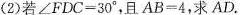
(2)若∠FDC=30°，且AB=4，求AD.